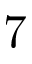
7